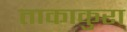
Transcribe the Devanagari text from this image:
ताकाकुरा